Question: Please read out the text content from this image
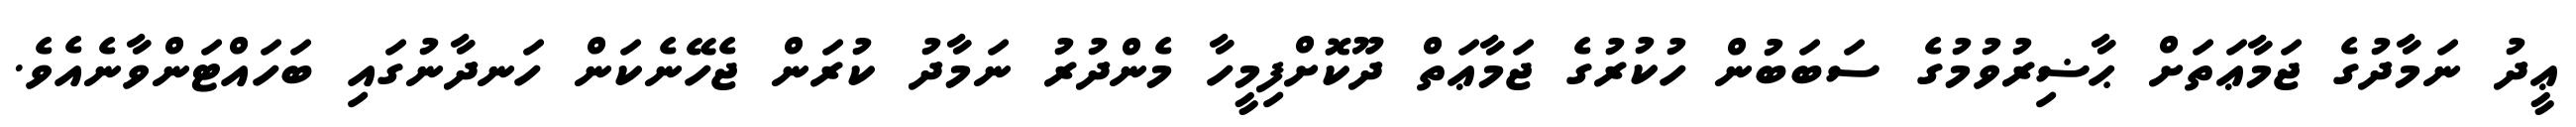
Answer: ޢީދު ނަމާދުގެ ޖަމާޢަތަށް ޙާޟިރުވުމުގެ ސަބަބުން ހުކުރުގެ ޖަމާޢަތް ދޫކޮށްފިމީހާ މެންދުރު ނަމާދު ކުރަން ޖެހޭނެކަން ހަނދާނުގައި ބަހައްޓަންވާނެއެވެ.